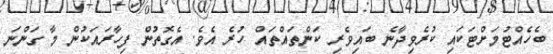
ބެހެއްޓުމަށްޓަކައި ކުރެވިދާނެ ބައިވެރި ކަންތައްތައް ހުރެ އެވެ. އެގޮތުން ފިހާރައަކުން މާ ގަންނަ